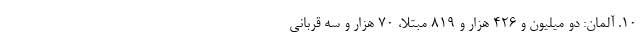
۱۰. آلمان: دو میلیون و ۴۲۶ هزار و ۸۱۹ مبتلا، ۷۰ هزار و سه قربانی